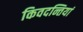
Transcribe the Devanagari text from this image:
किवदन्तियां